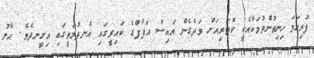
ފުރިހަމަ ހިނިތުންވުމަކާއެކީ ކޮޓަރިއަށް ވަދެގެން އައިސް އަފާފްގެ ކައިރީގައި އެނދުމަތީގައި އިށީނދެވެ. ޙާލު